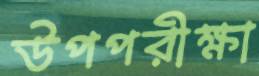
উপপরীক্ষা